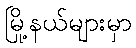
မြို့နယ်များမှာ